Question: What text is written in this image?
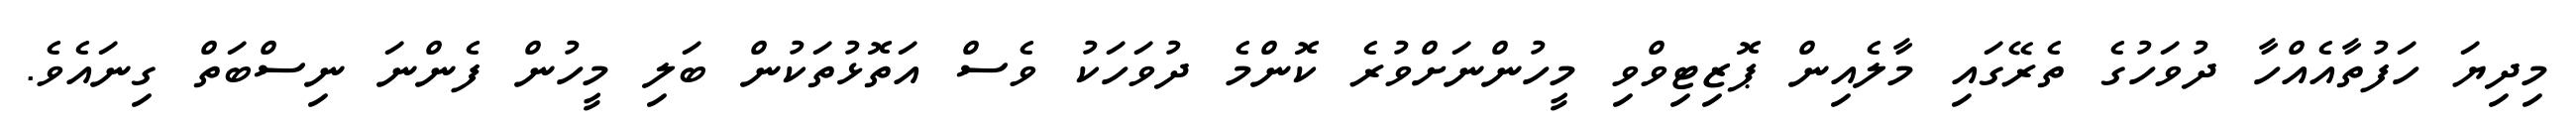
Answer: މިދިޔަ ހަފުތާއެއްހާ ދުވަހުގެ ތެރޭގައި މާލެއިން ޕޮޒިޓިވްވި މީހުންނަށްވުރެ ކޮންމެ ދުވަހަކު ވެސް އަތޮޅުތަކުން ބަލި މީހުން ފެންނަ ނިސްބަތް ގިނައެވެ.